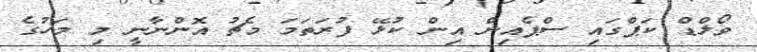
ވޯލްޑް ކަޕްގައި ސްޕެއިން އިން ކުޅޭ ފުރަތަމަ މެޗު އޮންނާނީ މި މަހުގެ